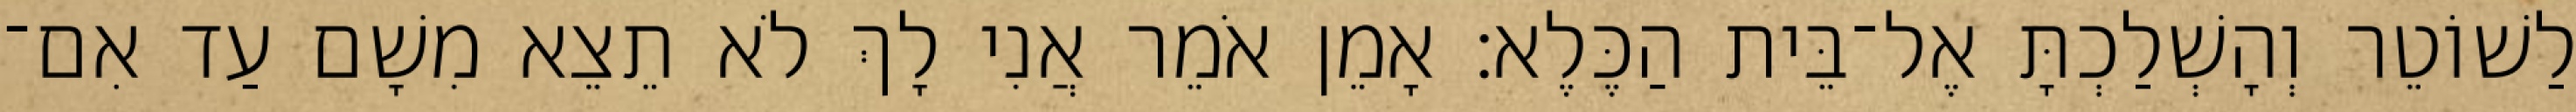
לַשׁוֹטֵר וְהָשְׁלַכְתָּ אֶל־בֵּית הַכֶּלֶא׃ אָמֵן אֹמֵר אֲנִי לָךְ לֹא תֵצֵא מִשָׁם עַד אִם־